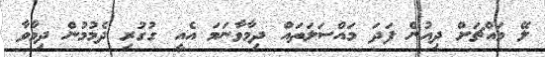
ލޭ މަައްޗަށް ދިއުން ފަދަ މައްސަލަތައް ދިމާވާނަމަ އެއީ ގުގުރި ދެމުމުން ދިމާވާ